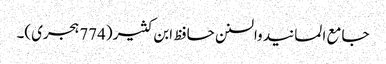
جامع المسانید والسنن حافظ ابن کثیر (774 ہجری)۔